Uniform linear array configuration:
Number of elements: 4
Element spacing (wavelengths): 0.75
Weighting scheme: exponential
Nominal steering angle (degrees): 30
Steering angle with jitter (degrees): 29.841
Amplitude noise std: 0.05
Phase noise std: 0.05

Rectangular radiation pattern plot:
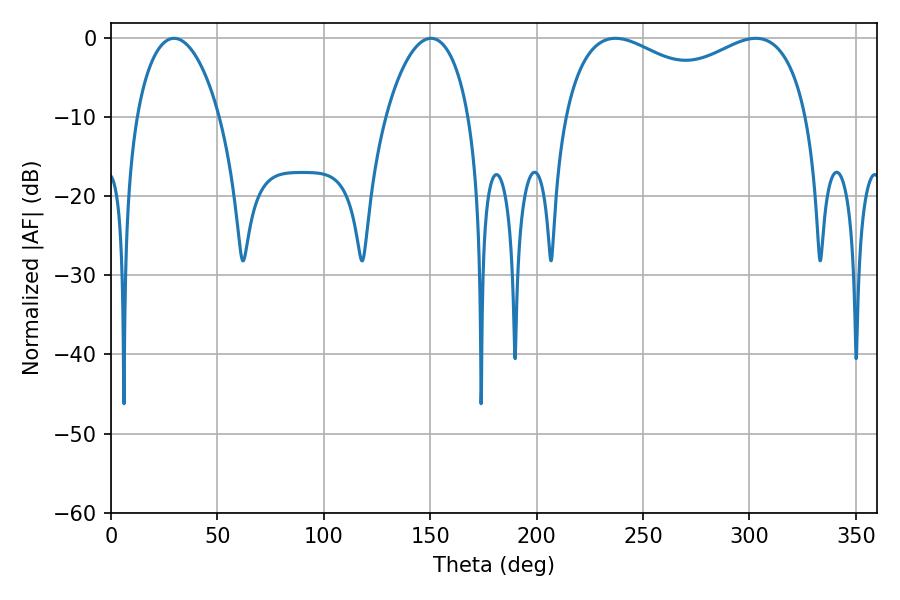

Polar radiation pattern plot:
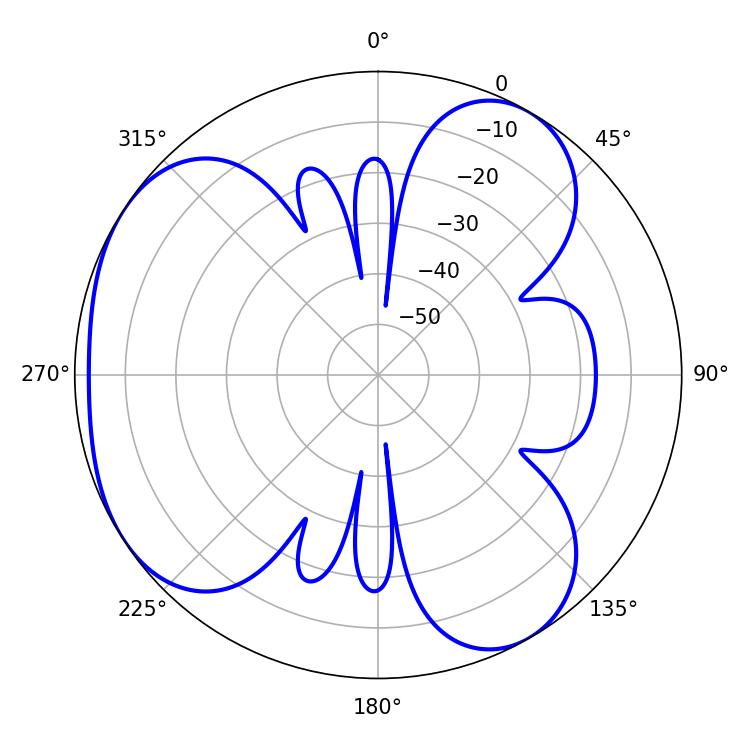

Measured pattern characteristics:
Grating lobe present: TRUE
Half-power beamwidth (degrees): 95.4
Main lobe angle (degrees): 302.94